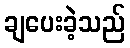
ချပေးခဲ့သည်